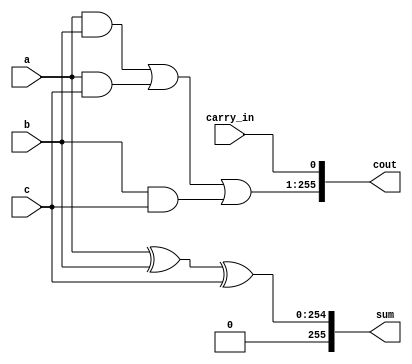
`ifndef _CSA_V
`define _CSA_V 1

// Carry saved adder
module csa #(parameter N=255)
   (input [N-1:0] a,
    input [N-1:0] b,
    input [N-1:0] c,
    input carry_in,
    output [N:0] sum,
    output [N:0] cout);
   assign sum = { 1'b0, ((a ^ b) ^ c) };
   assign cout = { (((a & b) | (a & c)) | (b & c)), carry_in };
endmodule // csa

`endif //  `ifndef _CSA_V